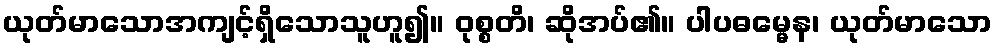
ယုတ်မာသောအကျင့်ရှိသောသူဟူ၍။ ဝုစ္စတိ၊ ဆိုအပ်၏။ ပါပဓမ္မေန၊ ယုတ်မာသော